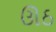
ઊઠ